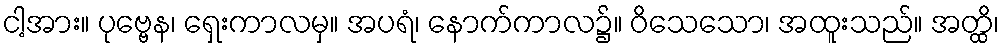
ငါ့အား။ ပုဗ္ဗေန၊ ရှေးကာလမှ။ အပရံ၊ နောက်ကာလ၌။ ဝိသေသော၊ အထူးသည်။ အတ္ထိ၊